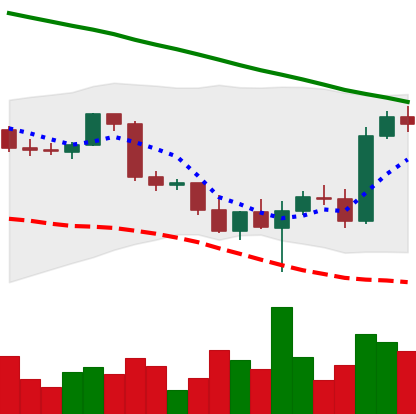
Ticker: BTC-USD
Chart end date: 2022-03-02
Forward return: -13.346%
Label: down_7plus